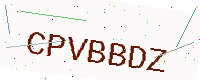
Text: CPVBBDZ